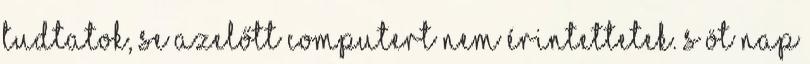
tudtatok, se azelőtt computert nem érintettetek. S öt nap